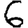
Digit: 6